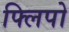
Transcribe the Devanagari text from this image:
फ्लिपो